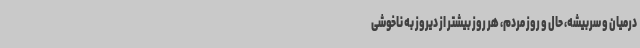
درمیان و سربیشه، حال و روز مردم، هر روز بیشتر از دیروز به ناخوشی